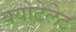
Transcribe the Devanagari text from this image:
क्योटेलेट